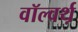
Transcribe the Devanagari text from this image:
वॉल्वर्थ़